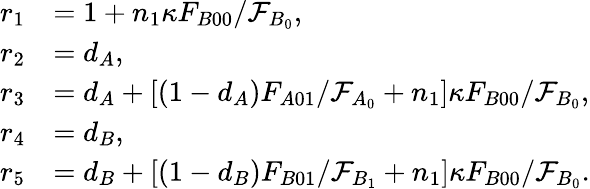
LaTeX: \begin{array}{rl}{r_{1}}&{=1+n_{1}\kappa F_{B00}/\mathcal{F}_{B_{0}},}\\ {r_{2}}&{=d_{A},}\\ {r_{3}}&{=d_{A}+[(1-d_{A})F_{A01}/\mathcal{F}_{A_{0}}+n_{1}]\kappa F_{B00}/\mathcal{F}_{B_{0}},}\\ {r_{4}}&{=d_{B},}\\ {r_{5}}&{=d_{B}+[(1-d_{B})F_{B01}/\mathcal{F}_{B_{1}}+n_{1}]\kappa F_{B00}/\mathcal{F}_{B_{0}}.}\end{array}